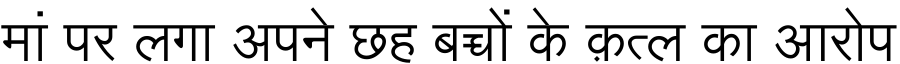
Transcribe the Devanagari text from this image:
मां पर लगा अपने छह बच्चों के क़त्ल का आरोप